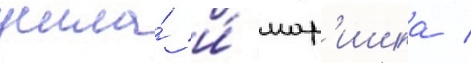
ушла́ и́ мар'ишка /